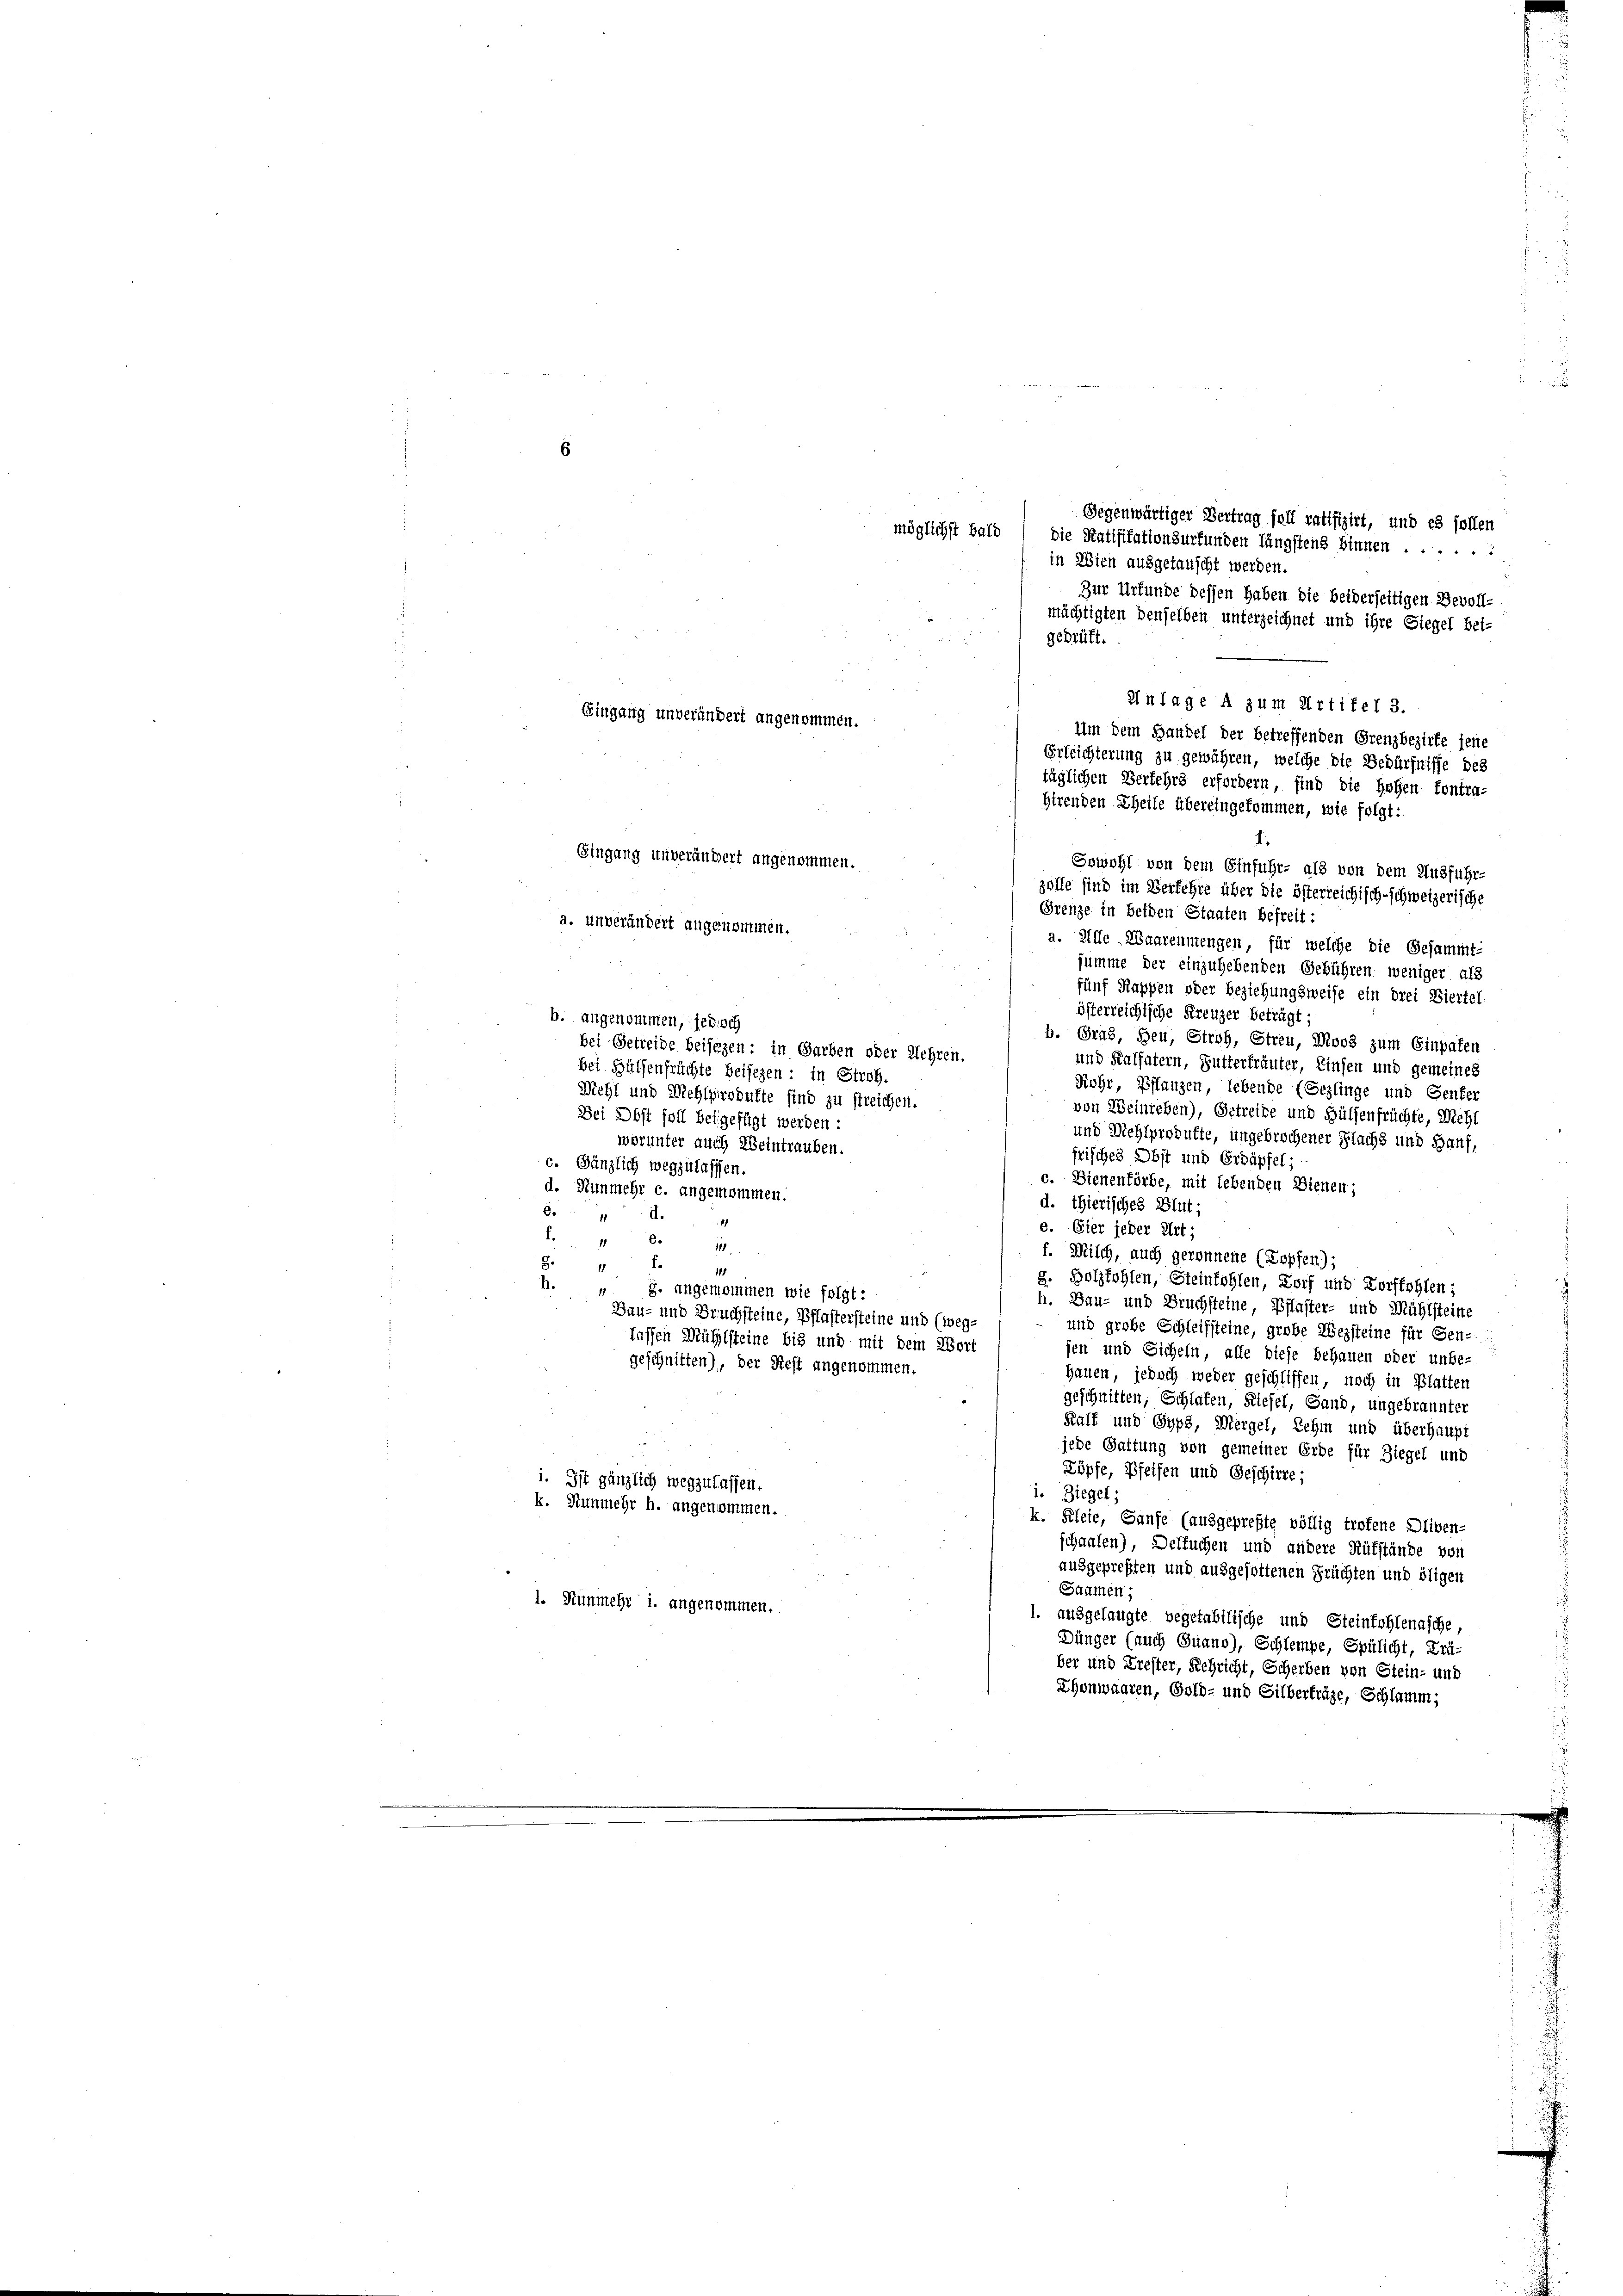
6
Gegenwärtiger Vertrag foll ratifizirt, und es sollen
möglichst bald
die Ratifikationsurfunden längstens binnen ......
in Wien ausgetauscht werden.
Zur Urkunde dessen haben die beiderseitigen Bevoll-
mächtigten denselben unterzeichnet und ihre Siegel bei-
geprüft.
Anlage A zum Artikel 3.
Um dem Handel der betreffenden Grenzbezirke jene
Erleichterung zu gewähren, welche die Bedürfnisse des
täglichen Verkehrs erfordern sind die Hohen Contra-
Hirenden Theile übereingekommen, wie folgt:
4.
Gingang unverändert angenommen.
Sowohl von dem Einfuhr- als von dem Ausführ-
zölle sind im Verfehre über die österreichisch-schweizerische
Grenze in beiden Staaten befreit:
a. unverändert angenommen.
a. Alle Waarenntengen, für welche die Gesammt-
summe der einzuhebenden Gebühren weniger als
fünf Kappen oder Beziehungsweise ein drei Biertel
österreichische Kreuzer beträgt;
b. angenommen, jedoch
b. Grad, Heu, Stroh, Streu, Moos zum Einpaten
bei Getreide beisezen, in Garben oder Lehren,
und Kallatern, Futterfräuter, Einsen und gemeines
bei Hülfenfrüchte beigegen; in Stroh.
Rohr, Pflanzen, lebende (Gezlinge und Genfer
Wiehl und Mehlprodukte sind zu streichen.
von Weinreben), Getreibe und Hülsenfrüchte, Wicht
Bei Obst soll beigefügt werden -
und Mehlprodukte, ungebrochener Flachs und Hanf,
worunter auch Weintrauben.
risches Obst und Erdäpfel;
c. Gänzlich wegzulassen.
c. Dienenförbe, mit lebenden Dienen;
d. Nunmehr c. angenommen.
d. Thierisches Blut;
6. d.
1
e. Eier jeder Art.
.
6.
d
111
f. Milch, auch geronnene (Lopfen);
f.
8.
1
1
8. Holzfohlen, Steinkohlen, Dorf und Korffohlen;
h.
 8. angenommen wie folgt:
h. Bau- und Bruchsteine Pflaster- und Mühlsteine
Bau- und Bruchsteine, Pflastersteine und (weg-
und große Schleifsteine, große Wegsteine für Senlassen Mählsteine bis und mit dem Wort
sen und Sicheln, alle diese behauen oder unbe-
geschnitten), der Rest angenommen.
Hauen, jedoch weder geschliffen, noch in Blatten
geschnitten, Schlafen, Riesel, Gand, ungebrannter
Kalt und Syph, Mergel, Lehm und überhaupt
jede Gattung von gemeiner Erbe für Ziegel und
Zöpfe, Pfeifen und Geschirre
i. Ist gänzlich wegzulassen.
i. Siegel:
k. Nunmehr h. angenommen.
k. Kleie, Ganze (ausgeprefte völlig troffene Oliven-
schaalen), Deltuchen und andere Rükstände von
ausgepreßten und ausgeholtenen Früchten und öligen
Saamen;
1. Nunmehr i. angenommen.
1. ausgelangte vegetabilische und Steinkohlenasche
Dünger (auch Quand), Schlempe, Spülicht, Prä-
ber und Trester, Schricht, Scherben von Stein- und
Ehonwaaren, Gold- und Silberträge, Schlamm,

Eingang unverändert angenommen.